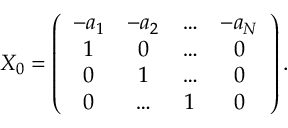
X _ { 0 } = \left( \begin{array} { c c c c } { { - a _ { 1 } } } & { { - a _ { 2 } } } & { { \dots } } & { { - a _ { N } } } \\ { { 1 } } & { { 0 } } & { { \dots } } & { { 0 } } \\ { { 0 } } & { { 1 } } & { { \dots } } & { { 0 } } \\ { { 0 } } & { { \dots } } & { { 1 } } & { { 0 } } \end{array} \right) .